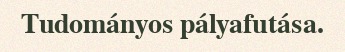
Tudományos pályafutása.